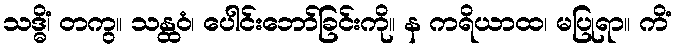
သဒ္ဓိံ၊ တကွ။ သန္ထဝံ၊ ပေါင်းဘော်ခြင်းကို။ န ကရိယာထ၊ မပြုရာ။ ကိံ